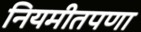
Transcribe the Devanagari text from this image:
नियमीतपणा